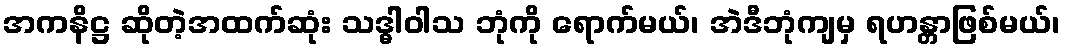
အကနိဋ္ဌ ဆိုတဲ့အထက်ဆုံး သဒ္ဓါဝါသ ဘုံကို ရောက်မယ်၊ အဲဒီဘုံကျမှ ရဟန္တာဖြစ်မယ်၊